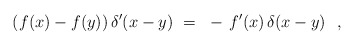
\begin{align*}(f(x) - f(y)) \, \delta^\prime(x-y)~=~- \, f^\prime(x) \, \delta(x-y)~~,\end{align*}